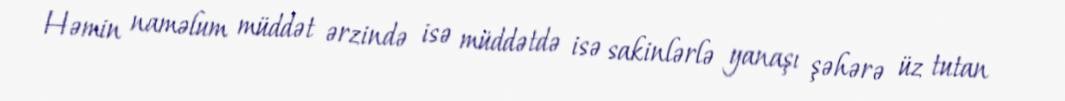
Həmin naməlum müddət ərzində isə müddətdə isə sakinlərlə yanaşı şəhərə üz tutan